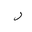
Letter: _ra